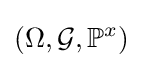
(\Omega ,{\mathcal {G}},\mathbb {P} ^{x})